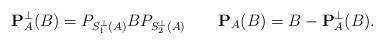
\begin{align*} \mathbf P_A^{\bot}(B)=P_{S_1^{\bot}(A)}BP_{S_2^{\bot}(A)}\quad\quad\mathbf P_A(B)=B- \mathbf P_A^{\bot}(B). \end{align*}